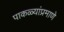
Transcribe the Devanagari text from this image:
पाकळ्यांप्रमाणे